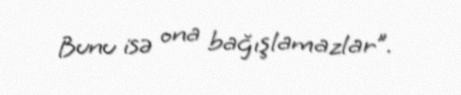
Bunu isə ona bağışlamazlar”.